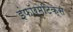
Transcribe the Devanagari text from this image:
इंफॉर्मेटिक्स